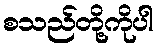
စသည်တို့ကိုပါ